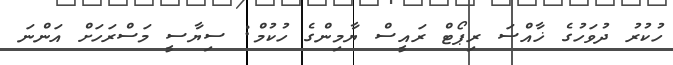
ހުކުރު ދުވަހުގެ ޚާއްސަ ރިޕޯޓް ރައީސް ޔާމިންގެ ހުކުމް: ސިޔާސީ މަސްރަހަށް އަންނަ